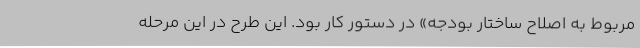
مربوط به اصلاح ساختار بودجه» در دستور کار بود. این طرح در این مرحله